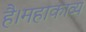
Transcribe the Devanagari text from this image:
है।महाकाव्य